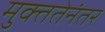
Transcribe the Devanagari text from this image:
मुक्ततेनंतर